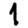
Digit: 1